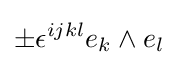
\pm \epsilon ^{ijkl}e_{k}\wedge e_{l}